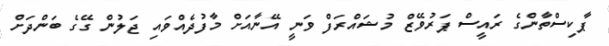
ޕާކިސްތާންގެ ރައީސް ޕަރުވޭޒް މުޝައްރަފް ވަނީ އޭނާއަށް މާފުދެއްވައި ޖަލުން ގޭގެ ބަންދަށް